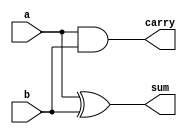
`timescale 1ns / 1ps
//////////////////////////////////////////////////////////////////////////////////
// Company: 
// Engineer: 
// 
// Design Name: 
// Module Name:    ha 
// Project Name: 
// Target Devices: 
// Tool versions: 
// Description: 
//
// Dependencies: 
//
// Revision: 
// Revision 0.01 - File Created
// Additional Comments: 
//
//////////////////////////////////////////////////////////////////////////////////
module ha(a, b, sum, carry);
// a and b are inputs
input a;
input b;
output sum;
output carry;
assign carry=a&b;
assign sum=a^b;
endmodule